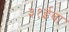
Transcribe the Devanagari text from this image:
३१ईवा